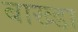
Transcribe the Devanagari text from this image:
बाख्डा